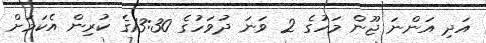
އަދި އަންނަ ޖޫން މަހުގެ 2 ވަނަ ދުވަހުގެ 13:30ގެ ކުރިން އެކަމަށް